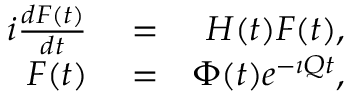
\begin{array} { r l r } { i \frac { d F ( t ) } { d t } } & { { } = } & { H ( t ) F ( t ) , } \\ { F ( t ) } & { { } = } & { \Phi ( t ) e ^ { - \imath Q t } , } \end{array}